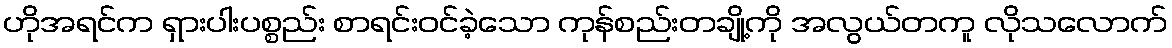
ဟိုအရင်က ရှားပါးပစ္စည်း စာရင်းဝင်ခဲ့သော ကုန်စည်းတချို့ကို အလွယ်တကူ လိုသလောက်